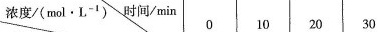
浓度(mol·L^{-1})时间/min 0 10 20 30